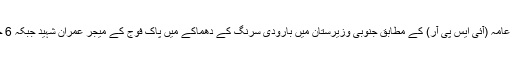
پاک فوج کے شعبہ تعلقات عامہ (آئی ایس پی آر) کے مطابق جنوبی وزیرستان میں بارودی سرنگ کے دھماکے میں پاک فوج کے میجر عمران شہید جبکہ 6 جوان زخمی بھی ہوئے ہیں۔